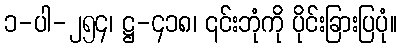
၁-ပါ-၂၅၄၊ ဋ္ဌ-၄၁၈၊ ၎င်းဘုံကို ပိုင်းခြားပြပုံ။